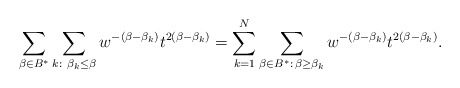
\begin{align*}\sum_{\beta\in B^*}\sum_{ k:\ \beta_k \le \beta } w^{-(\beta-\beta_k)}t^{2(\beta-\beta_k)}=\sum_{k=1}^N\sum_{\beta\in B^*:\, \beta\ge\beta_k}w^{-(\beta-\beta_k)}t^{2(\beta-\beta_k)}.\end{align*}